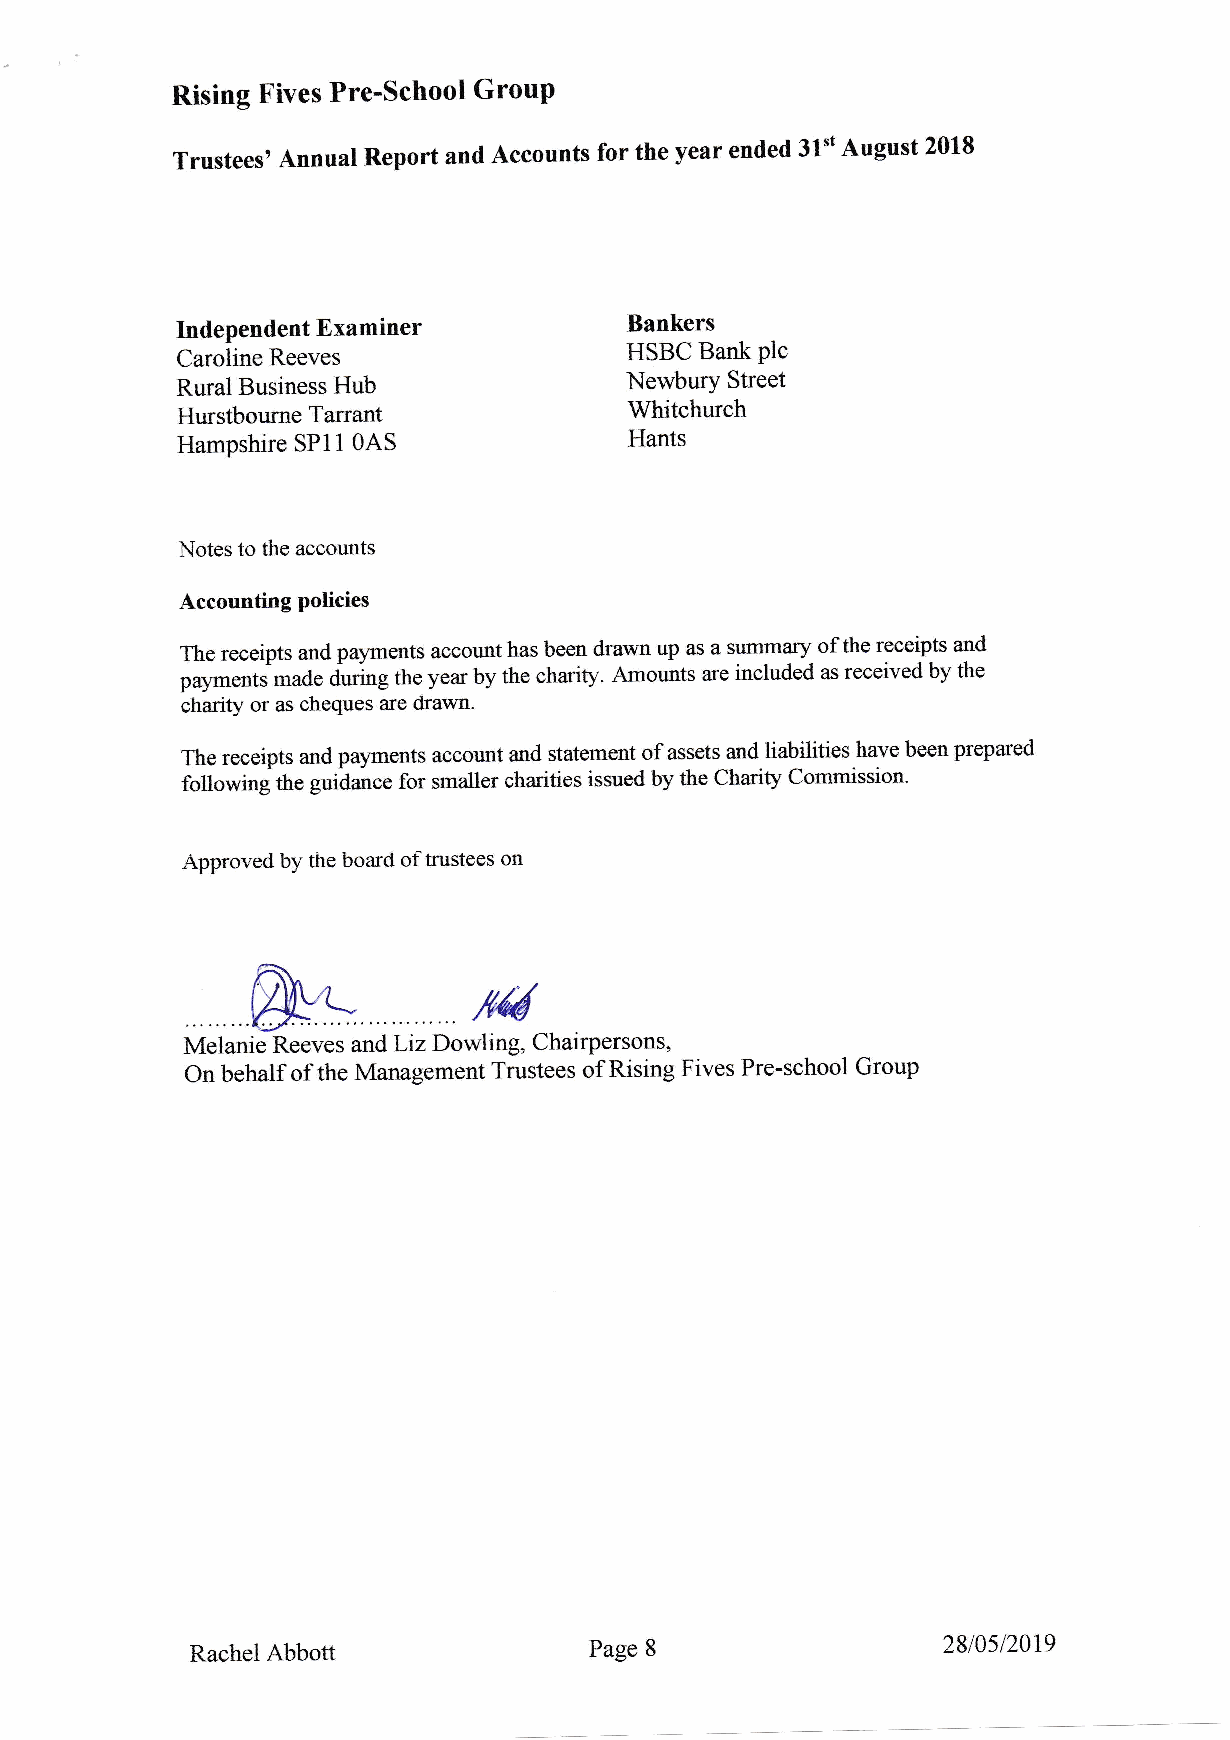
Rising tr'ives Pre-school GrouP
 Trustees, Annual Report and Accounts for the year ended 31't August 2018
 Independent Examiner         Bankers
 HSBC Bank plc
 Caroline Reeves
 Rural Business Hub           Newbury Street
 Hurstboume Tarrant            Whitchurch
 Hampshire SPl1 0AS            Hants
 |iotes to the accounts
 Accounfing policies
 The receipts and payments account has been drawn up as a srrnmary of the receipts and
 payments made during the year by the charity. Amounts ale included as received by the
 chanry or as cheques are cirawr.
 The receipts and payments account and statement of assets and liabilities have been prepared
 following the guidance for srnaller charities issued by the Chadty Conrmission'
 approved by the board of tntstees on
 Melanie Reeves and Liz Dowling, Chairpersons,
 On behalf of the Management Trustees of Rising Fives Pre-school Group
 Rachel Abbott             Page 8                 2810512019